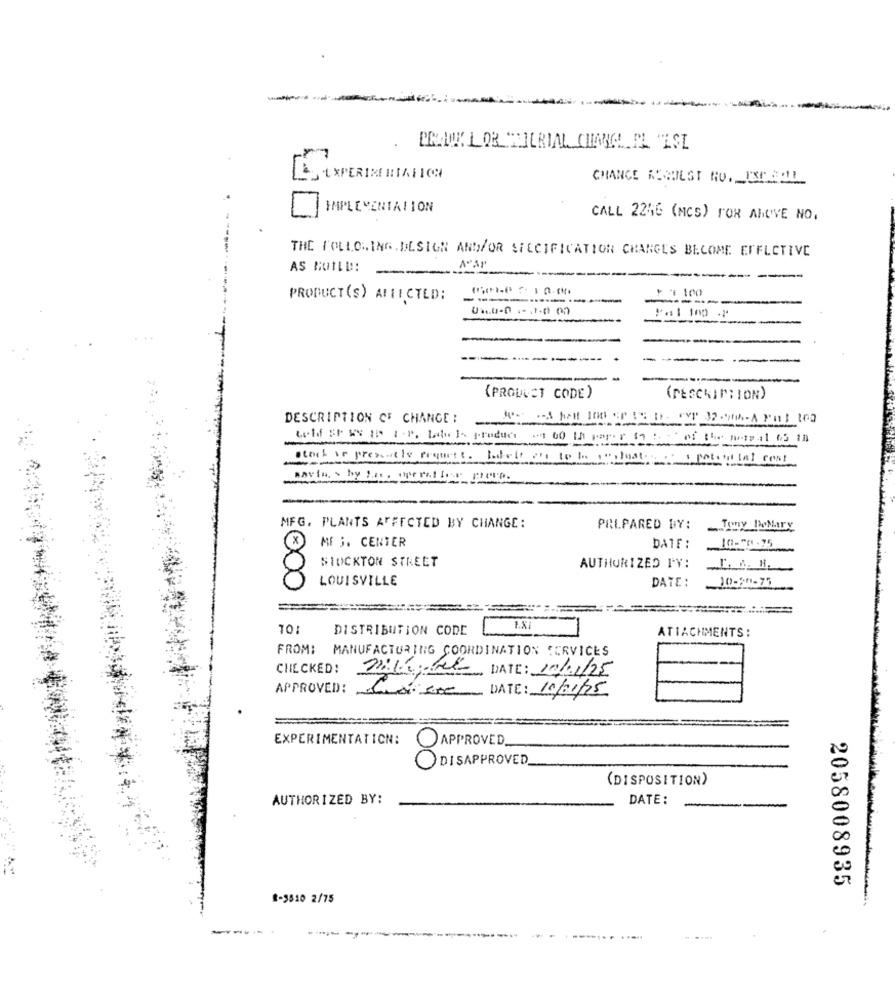
PRAWNIK LOR TILRIAL CHANEL PL "EST
FL XPERIME RIALICH
CHANCE REQUEST NO. UPAUL
IMPLEMENTATION
CALL 2246 (MCS) FOR ANOVE NO.
THE FOLLOWING. DESIGN AND/OR SPECIFICATION CHANGES BECOME EFFECTIVE
AS BUILD !!
--
--
PRODUCT(s) AFFECTED:
-
------
-
----
----- -
(PRODUCT CODE)
(DESCRIPTION)
DESCRIPTION OF CHANGE :
--
---
told SP SS 10 1.2. Latela product " 00 10 paper 19 : of the metal 65 13
stock ar pressuele request. Likeit out to be re postos .. 1 potent Ial cost
---
savings by the operation prove.
MFG. PLANTS AFFECTED BY CHANGE:
PRIPARED DY:
Tony DeMary
10-70 -75
ME 3. CENTER
DATE :
STOCKTON STREET
AUTHORIZED TY:
LOUISVILLE
DATE :
10-30-75
10:
DISTRIBUTION CODE
ATTACHMENTS:
FROM: MANUFACTURING COORDINATION SERVICES
CHECKED!
DATE: 10/01/25
APPROVED:
Ca 500 DATE: 10/01/25
EXPERIMENTATION:
APPROVED
DISAPPROVED
(DISPOSITION)
AUTHORIZED BY:
DATE:
2058008935
1-3510 2/75
-
--..
------